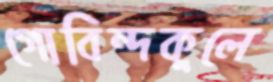
গোবিন্দকুলে